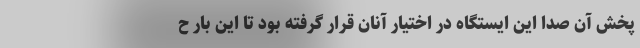
پخش آن صدا این ایستگاه در اختیار آنان قرار گرفته بود تا این بار ح